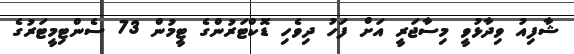
ޝާފިއު ވިދާޅުވީ މިސާޖަރީ އަށް ފަހު ދިވެހި ޑޮކްޓަރުންގެ ޓީމުން 73 ސެންޓިމީޓަރުގެ